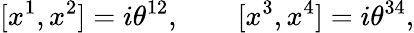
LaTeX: \lbrack x^{1},x^{2}]=i\theta^{12},\qquad\lbrack x^{3},x^{4}]=i\theta^{34},